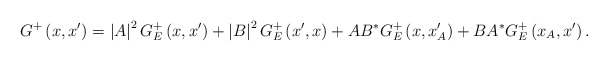
\begin{align*}G^{+}\left( x,x^{\prime }\right) =\left| A\right| ^{2}G_{E}^{+}\left(x,x^{\prime }\right) +\left| B\right| ^{2}G_{E}^{+}\left( x^{\prime},x\right) +AB^{\ast }G_{E}^{+}\left( x,x_{A}^{\prime }\right) +BA^{\ast}G_{E}^{+}\left( x_{A},x^{\prime }\right) . \end{align*}